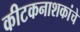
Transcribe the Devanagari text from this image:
कीटकनाशकांचे